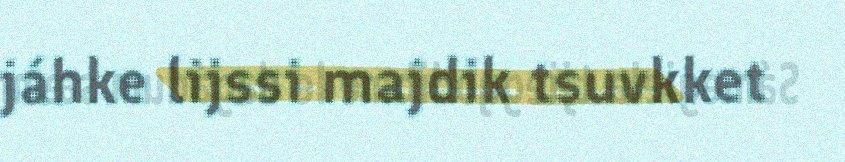
jáhke lijssi majdik tsuvkket